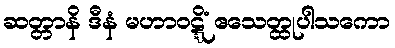
ဆတ္တာနိ ဒီနံ မဟာဝဋ္ဋိံ ဧသေတ္ထုပါသကော